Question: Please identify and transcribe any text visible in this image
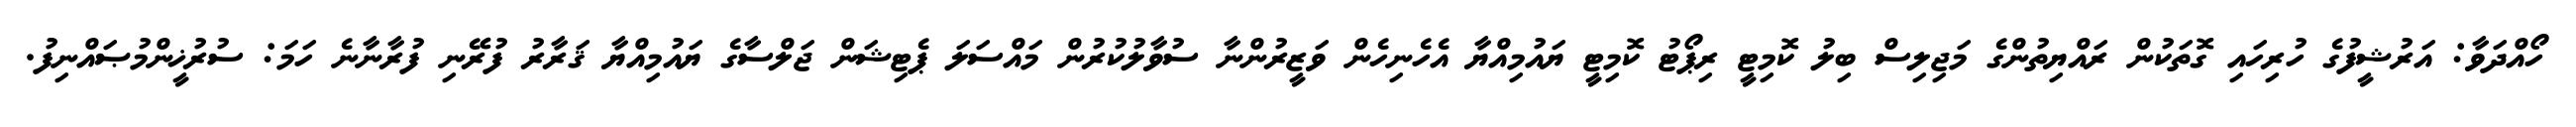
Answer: ހޯއްދަވާ: އަރުޝީފުގެ ހުރިހައި ގޮތަކުން ރައްޔިތުންގެ މަޖިލިސް ބިލު ކޮމިޓީ ރިޕޯޓު ކޮމިޓީ ޔައުމިއްޔާ އެހެނިހެން ވަޒީރުންނާ ސުވާލުކުރުން މައްސަލަ ޕެޓިޝަން ޖަލްސާގެ ޔައުމިއްޔާ ޤަރާރު ފުރޭނި ފުރާނާނެ ހަމަ: ސުރުޚީންމުޞައްނިފު.